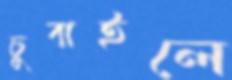
চুবাইলে